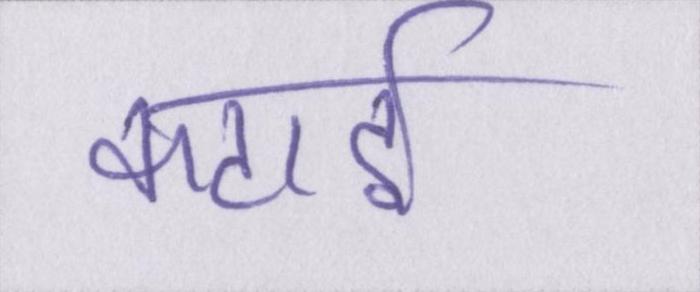
कटाई